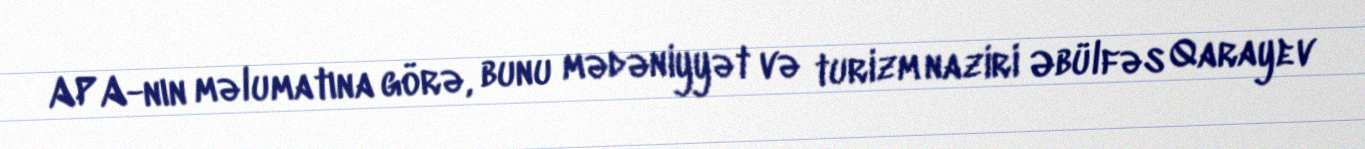
APA-nın məlumatına görə, bunu mədəniyyət və turizm naziri Əbülfəs Qarayev